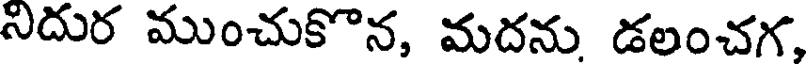
నిదుర ముంచుకొన, మదను డలంచగ,